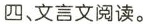
四、文言文阅读。